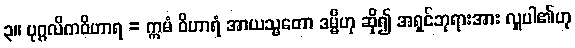
၃။ ပုဂ္ဂလိကဝိဟာရ = ဣမံ ဝိဟာရံ အာယသ္မတော ဒမ္မိဟု ဆို၍ အရှင်ဘုရားအား လှူပါ၏ဟု